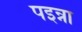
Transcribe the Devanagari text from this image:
पइन्ना